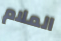
الملام